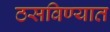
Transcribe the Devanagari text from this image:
ठसविण्यात